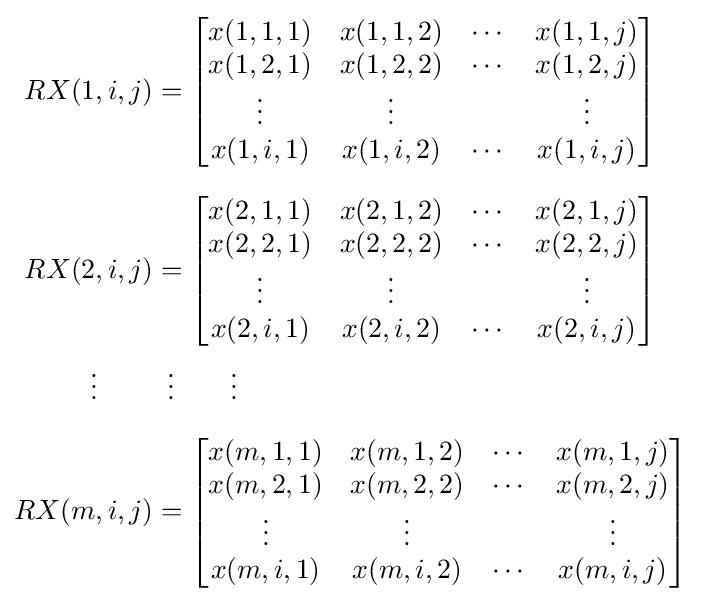
{\begin{aligned}RX(1,i,j)&={\begin{bmatrix}x(1,1,1)&x(1,1,2)&\cdots &x(1,1,j)\\x(1,2,1)&x(1,2,2)&\cdots &x(1,2,j)\\\vdots &\vdots &&\vdots \\x(1,i,1)&x(1,i,2)&\cdots &x(1,i,j)\end{bmatrix}}\\[6pt]RX(2,i,j)&={\begin{bmatrix}x(2,1,1)&x(2,1,2)&\cdots &x(2,1,j)\\x(2,2,1)&x(2,2,2)&\cdots &x(2,2,j)\\\vdots &\vdots &&\vdots \\x(2,i,1)&x(2,i,2)&\cdots &x(2,i,j)\end{bmatrix}}\\\vdots \qquad &\,\,\,\vdots \qquad \vdots \\[6pt]RX(m,i,j)&={\begin{bmatrix}x(m,1,1)&x(m,1,2)&\cdots &x(m,1,j)\\x(m,2,1)&x(m,2,2)&\cdots &x(m,2,j)\\\vdots &\vdots &&\vdots \\x(m,i,1)&x(m,i,2)&\cdots &x(m,i,j)\end{bmatrix}}\end{aligned}}